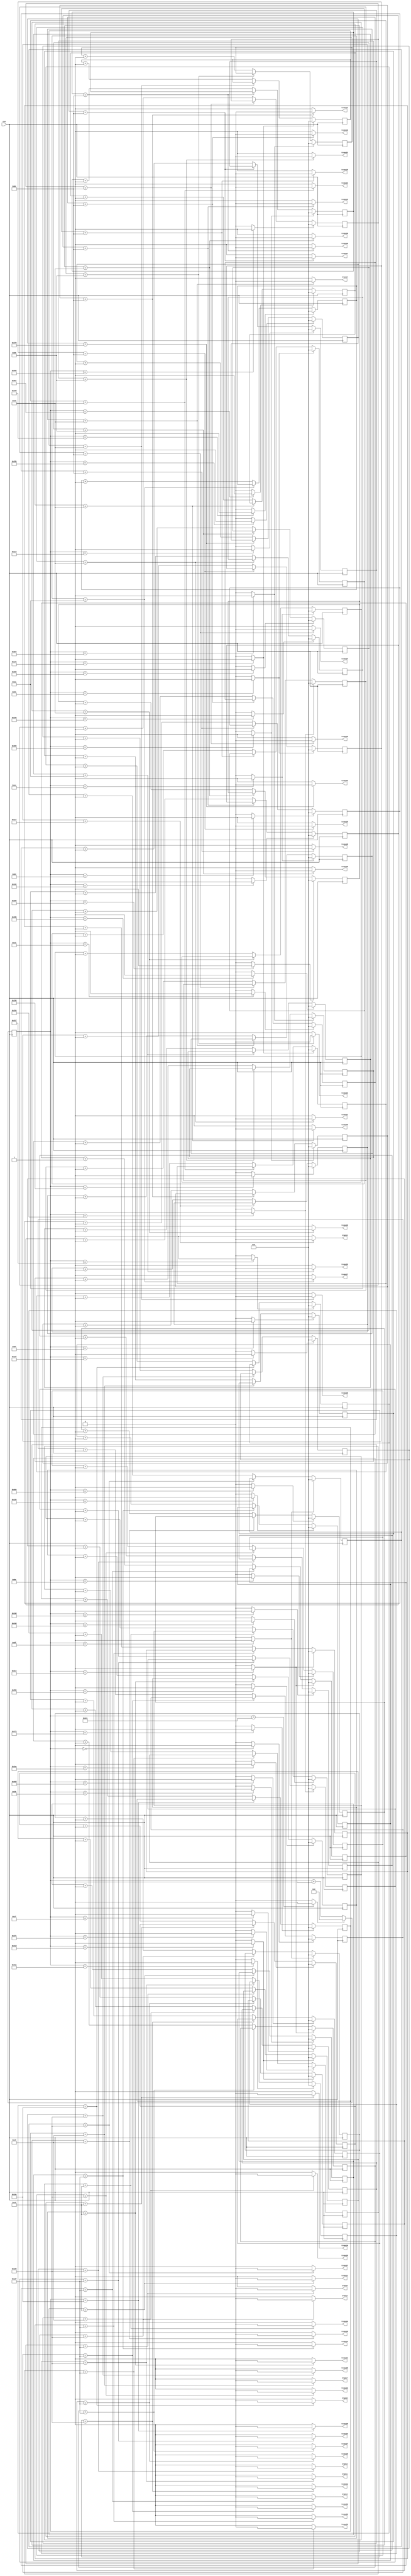
`timescale 1ns / 1ps
//////////////////////////////////////////////////////////////////////////////////
// Company: 
// Engineer: 
// 
// Design Name: 
// Module Name:    twin_power_adjustment 
// Project Name: 
// Target Devices: 
// Tool versions: 
// Description: 
//
// Dependencies: 
//
// Revision: 
// Revision 0.01 - File Created
// Additional Comments: 
//
//////////////////////////////////////////////////////////////////////////////////
module twin_power_adjustment(

	input CLK,
    output trans1,
    output trans2,
	 output trans3,
	 output trans4,
	 output trans5,
	 output trans6,
	 output trans7,
	 output trans8,
	 output trans9,
	 output trans10,
	 output trans11,
	 output trans12,
	 output trans13,
	 output trans14,
	 output trans15,
	 output trans16,
	 output trans17,
	 output trans18,
	 output trans19,
	 output trans20,
	 output trans21,
	 output trans22,
	 output trans23,
	 output trans24,
	 output trans25,
	 output trans26,
	 output trans27,
	 output trans28,
	 output trans29,
	 output trans30,
	 output trans31,
	 output trans32,
	 output trans33,
	 output trans34,
	 output trans35,
	 output trans36,
	 output trans37,
	 output trans38,
	 output trans39,
	 output trans40,
	 output trans41,
	 output trans42,
	 output trans43,
	 output trans44,
	 output trans45,
	 output trans46,
	 output trans47,
	 output trans48,
	 output trans49
    );

	//define signals
	reg [10:0] pwm_base_reg = 11'h000;
	reg [9:0] pwm1_duty_reg = 10'h000;
	reg [9:0] pwm2_duty_reg = 10'h000;
	reg [9:0] pwm3_duty_reg = 10'h000;
	reg [9:0] pwm4_duty_reg = 10'h000;
	reg [9:0] pwm5_duty_reg = 10'h000;
	reg [9:0] pwm6_duty_reg = 10'h000;
	reg [9:0] pwm7_duty_reg = 10'h000;
	reg [9:0] pwm8_duty_reg = 10'h000;
	reg [9:0] pwm9_duty_reg = 10'h000;
	reg [9:0] pwm10_duty_reg = 10'h000;
	reg [9:0] pwm11_duty_reg = 10'h000;	
	reg [9:0] pwm12_duty_reg = 10'h000;	
	reg [9:0] pwm13_duty_reg = 10'h000;
	reg [9:0] pwm14_duty_reg = 10'h000;
	reg [9:0] pwm15_duty_reg = 10'h000;
	reg [9:0] pwm16_duty_reg = 10'h000;
	reg [9:0] pwm17_duty_reg = 10'h000;
   reg [9:0] pwm18_duty_reg = 10'h000;
   reg [9:0] pwm19_duty_reg = 10'h000;
   reg [9:0] pwm20_duty_reg = 10'h000;
   reg [9:0] pwm21_duty_reg = 10'h000;
   reg [9:0] pwm22_duty_reg = 10'h000;
   reg [9:0] pwm23_duty_reg = 10'h000;
   reg [9:0] pwm24_duty_reg = 10'h000;
   reg [9:0] pwm25_duty_reg = 10'h000;
   reg [9:0] pwm26_duty_reg = 10'h000;
   reg [9:0] pwm27_duty_reg = 10'h000;
   reg [9:0] pwm28_duty_reg = 10'h000;
   reg [9:0] pwm29_duty_reg = 10'h000;
   reg [9:0] pwm30_duty_reg = 10'h000;
   reg [9:0] pwm31_duty_reg = 10'h000;
   reg [9:0] pwm32_duty_reg = 10'h000;
   reg [9:0] pwm33_duty_reg = 10'h000;
   reg [9:0] pwm34_duty_reg = 10'h000;
   reg [9:0] pwm35_duty_reg = 10'h000;
   reg [9:0] pwm36_duty_reg = 10'h000;
   reg [9:0] pwm37_duty_reg = 10'h000;
   reg [9:0] pwm38_duty_reg = 10'h000;
   reg [9:0] pwm39_duty_reg = 10'h000;
   reg [9:0] pwm40_duty_reg = 10'h000;
   reg [9:0] pwm41_duty_reg = 10'h000;
   reg [9:0] pwm42_duty_reg = 10'h000;
   reg [9:0] pwm43_duty_reg = 10'h000;
   reg [9:0] pwm44_duty_reg = 10'h000;
   reg [9:0] pwm45_duty_reg = 10'h000;
   reg [9:0] pwm46_duty_reg = 10'h000;
   reg [9:0] pwm47_duty_reg = 10'h000;
   reg [9:0] pwm48_duty_reg = 10'h000;
   reg [9:0] pwm49_duty_reg = 10'h000;
	
	reg [6:0] base_cycle_counter_reg = 7'h00;
	reg [15:0] count_base_reg = 16'h0000;
	
	wire pwm1;
	wire pwm2;
	wire pwm3;
	wire pwm4;
	wire pwm5;
	wire pwm6;
	wire pwm7;
	wire pwm8;
	wire pwm9;
	wire pwm10;
	wire pwm11;
	wire pwm12;
	wire pwm13;
	wire pwm14;
	wire pwm15;
	wire pwm16;
	wire pwm17;
   wire pwm18;
   wire pwm19;
   wire pwm20;
   wire pwm21;
   wire pwm22;
   wire pwm23;
   wire pwm24;
   wire pwm25;
   wire pwm26;
   wire pwm27;
   wire pwm28;
   wire pwm29;
   wire pwm30;
   wire pwm31;
   wire pwm32;
   wire pwm33;
   wire pwm34;
   wire pwm35;
   wire pwm36;
   wire pwm37;
   wire pwm38;
   wire pwm39;
   wire pwm40;
   wire pwm41;
   wire pwm42;
   wire pwm43;
   wire pwm44;
   wire pwm45;
   wire pwm46;
   wire pwm47;
   wire pwm48;
   wire pwm49;
	
	wire pwm1_out;
	wire pwm2_out;
	wire pwm3_out;
	wire pwm4_out;
	wire pwm5_out;
	wire pwm6_out;
	wire pwm7_out;
	wire pwm8_out;
	wire pwm9_out;
	wire pwm10_out;
	wire pwm11_out;
	wire pwm12_out;
	wire pwm13_out;
	wire pwm14_out;
	wire pwm15_out;
	wire pwm16_out;
	wire pwm17_out;
	wire pwm18_out;
   wire pwm19_out;
   wire pwm20_out;
   wire pwm21_out;
   wire pwm22_out;
   wire pwm23_out;
   wire pwm24_out;
   wire pwm25_out;
   wire pwm26_out;
   wire pwm27_out;
   wire pwm28_out;
   wire pwm29_out;
   wire pwm30_out;
   wire pwm31_out;
   wire pwm32_out;
   wire pwm33_out;
   wire pwm34_out;
   wire pwm35_out;
   wire pwm36_out;
   wire pwm37_out;
   wire pwm38_out;
   wire pwm39_out;
   wire pwm40_out;
   wire pwm41_out;
   wire pwm42_out;
   wire pwm43_out;
   wire pwm44_out;
   wire pwm45_out;
   wire pwm46_out;
   wire pwm47_out;
   wire pwm48_out;
   wire pwm49_out;
	wire pwmbp;
	

	//PWM Base Cycle Generate
	/* Calculation
		base count = 50[MHz] / 40 [kHz] = 1250
		0 ~ 1249 -> 1250 count
	*/
	always @(posedge CLK) begin  //CB16RE
		if (pwmbp == 1'b1) begin  //R:pwmbp
			pwm_base_reg <= 11'h000;  //h:hexadecimal, assign 0 to all bits
		end
		else begin
			pwm_base_reg <= pwm_base_reg + 1'b1;  //increment
		end
	end
	
	assign pwmbp = (pwm_base_reg[10:0] == 11'd1249) ? 1'b1 : 1'b0;  //COMP16
	
	//phase
   assign pwm1  = (pwm_base_reg[10:0] == 11'd1194) ? 1'b1 : 1'b0;  //COMP16
   assign pwm2  = (pwm_base_reg[10:0] == 11'd223 ) ? 1'b1 : 1'b0;  //COMP16
   assign pwm3  = (pwm_base_reg[10:0] == 11'd365 ) ? 1'b1 : 1'b0;  //COMP16
   assign pwm4  = (pwm_base_reg[10:0] == 11'd962 ) ? 1'b1 : 1'b0;  //COMP16
   assign pwm5  = (pwm_base_reg[10:0] == 11'd799 ) ? 1'b1 : 1'b0;  //COMP16
   assign pwm6  = (pwm_base_reg[10:0] == 11'd541 ) ? 1'b1 : 1'b0;  //COMP16
   assign pwm7  = (pwm_base_reg[10:0] == 11'd191 ) ? 1'b1 : 1'b0;  //COMP16
   assign pwm8  = (pwm_base_reg[10:0] == 11'd236 ) ? 1'b1 : 1'b0;  //COMP16
   assign pwm9  = (pwm_base_reg[10:0] == 11'd408 ) ? 1'b1 : 1'b0;  //COMP16
   assign pwm10 = (pwm_base_reg[10:0] == 11'd625 ) ? 1'b1 : 1'b0;  //COMP16
   assign pwm11 = (pwm_base_reg[10:0] == 11'd57  ) ? 1'b1 : 1'b0;  //COMP16
   assign pwm12 = (pwm_base_reg[10:0] == 11'd1133) ? 1'b1 : 1'b0;  //COMP16
   assign pwm13 = (pwm_base_reg[10:0] == 11'd869 ) ? 1'b1 : 1'b0;  //COMP16
   assign pwm14 = (pwm_base_reg[10:0] == 11'd403 ) ? 1'b1 : 1'b0;  //COMP16
   assign pwm15 = (pwm_base_reg[10:0] == 11'd386 ) ? 1'b1 : 1'b0;  //COMP16
   assign pwm16 = (pwm_base_reg[10:0] == 11'd682 ) ? 1'b1 : 1'b0;  //COMP16
   assign pwm17 = (pwm_base_reg[10:0] == 11'd845 ) ? 1'b1 : 1'b0;  //COMP16
   assign pwm18 = (pwm_base_reg[10:0] == 11'd195 ) ? 1'b1 : 1'b0;  //COMP16
   assign pwm19 = (pwm_base_reg[10:0] == 11'd49  ) ? 1'b1 : 1'b0;  //COMP16
   assign pwm20 = (pwm_base_reg[10:0] == 11'd962 ) ? 1'b1 : 1'b0;  //COMP16
   assign pwm21 = (pwm_base_reg[10:0] == 11'd582 ) ? 1'b1 : 1'b0;  //COMP16
   assign pwm22 = (pwm_base_reg[10:0] == 11'd378 ) ? 1'b1 : 1'b0;  //COMP16
   assign pwm23 = (pwm_base_reg[10:0] == 11'd692 ) ? 1'b1 : 1'b0;  //COMP16
   assign pwm24 = (pwm_base_reg[10:0] == 11'd820 ) ? 1'b1 : 1'b0;  //COMP16
   assign pwm25 = (pwm_base_reg[10:0] == 11'd207 ) ? 1'b1 : 1'b0;  //COMP16
   assign pwm26 = (pwm_base_reg[10:0] == 11'd49  ) ? 1'b1 : 1'b0;  //COMP16
   assign pwm27 = (pwm_base_reg[10:0] == 11'd962 ) ? 1'b1 : 1'b0;  //COMP16
   assign pwm28 = (pwm_base_reg[10:0] == 11'd541 ) ? 1'b1 : 1'b0;  //COMP16
   assign pwm29 = (pwm_base_reg[10:0] == 11'd236 ) ? 1'b1 : 1'b0;  //COMP16
   assign pwm30 = (pwm_base_reg[10:0] == 11'd521 ) ? 1'b1 : 1'b0;  //COMP16
   assign pwm31 = (pwm_base_reg[10:0] == 11'd692 ) ? 1'b1 : 1'b0;  //COMP16
   assign pwm32 = (pwm_base_reg[10:0] == 11'd0   ) ? 1'b1 : 1'b0;  //COMP16
   assign pwm33 = (pwm_base_reg[10:0] == 11'd1179) ? 1'b1 : 1'b0;  //COMP16
   assign pwm34 = (pwm_base_reg[10:0] == 11'd820 ) ? 1'b1 : 1'b0;  //COMP16
   assign pwm35 = (pwm_base_reg[10:0] == 11'd431 ) ? 1'b1 : 1'b0;  //COMP16
   assign pwm36 = (pwm_base_reg[10:0] == 11'd1145) ? 1'b1 : 1'b0;  //COMP16
   assign pwm37 = (pwm_base_reg[10:0] == 11'd223 ) ? 1'b1 : 1'b0;  //COMP16
   assign pwm38 = (pwm_base_reg[10:0] == 11'd378 ) ? 1'b1 : 1'b0;  //COMP16
   assign pwm39 = (pwm_base_reg[10:0] == 11'd1028) ? 1'b1 : 1'b0;  //COMP16
   assign pwm40 = (pwm_base_reg[10:0] == 11'd869 ) ? 1'b1 : 1'b0;  //COMP16
   assign pwm41 = (pwm_base_reg[10:0] == 11'd598 ) ? 1'b1 : 1'b0;  //COMP16
   assign pwm42 = (pwm_base_reg[10:0] == 11'd158 ) ? 1'b1 : 1'b0;  //COMP16
   assign pwm43 = (pwm_base_reg[10:0] == 11'd603 ) ? 1'b1 : 1'b0;  //COMP16
   assign pwm44 = (pwm_base_reg[10:0] == 11'd1085) ? 1'b1 : 1'b0;  //COMP16
   assign pwm45 = (pwm_base_reg[10:0] == 11'd1207) ? 1'b1 : 1'b0;  //COMP16
   assign pwm46 = (pwm_base_reg[10:0] == 11'd608 ) ? 1'b1 : 1'b0;  //COMP16
   assign pwm47 = (pwm_base_reg[10:0] == 11'd452 ) ? 1'b1 : 1'b0;  //COMP16
   assign pwm48 = (pwm_base_reg[10:0] == 11'd179 ) ? 1'b1 : 1'b0;  //COMP16
   assign pwm49 = (pwm_base_reg[10:0] == 11'd1029) ? 1'b1 : 1'b0;  //COMP16
	

	
	
	//PWM Duty Ratio Generate
    always @(posedge CLK) begin  //CB16RE
        if (pwm1 == 1'b1) begin  //R:pwm1
            pwm1_duty_reg <= 11'h000;
        end
        else if (pwm1_out == 1'b1) begin  //CE:pwm1_out
            pwm1_duty_reg <= pwm1_duty_reg + 1'b1;
        end
    end
    
    always @(posedge CLK) begin  //CB16RE
        if (pwm2 == 1'b1) begin  //R:pwm2
            pwm2_duty_reg <= 11'h000;
        end
        else if (pwm2_out == 1'b1) begin  //CE:pwm2_out
            pwm2_duty_reg <= pwm2_duty_reg + 1'b1;
        end
    end
    
    always @(posedge CLK) begin  //CB16RE
        if (pwm3 == 1'b1) begin  //R:pwm3
            pwm3_duty_reg <= 11'h000;
        end
        else if (pwm3_out == 1'b1) begin  //CE:pwm3_out
            pwm3_duty_reg <= pwm3_duty_reg + 1'b1;
        end
    end
    
    always @(posedge CLK) begin  //CB16RE
        if (pwm4 == 1'b1) begin  //R:pwm4
            pwm4_duty_reg <= 11'h000;
        end
        else if (pwm4_out == 1'b1) begin  //CE:pwm4_out
            pwm4_duty_reg <= pwm4_duty_reg + 1'b1;
        end
    end
    
    always @(posedge CLK) begin  //CB16RE
        if (pwm5 == 1'b1) begin  //R:pwm5
            pwm5_duty_reg <= 11'h000;
        end
        else if (pwm5_out == 1'b1) begin  //CE:pwm5_out
            pwm5_duty_reg <= pwm5_duty_reg + 1'b1;
        end
    end
    
    always @(posedge CLK) begin  //CB16RE
        if (pwm6 == 1'b1) begin  //R:pwm6
            pwm6_duty_reg <= 11'h000;
        end
        else if (pwm6_out == 1'b1) begin  //CE:pwm6_out
            pwm6_duty_reg <= pwm6_duty_reg + 1'b1;
        end
    end
    
    always @(posedge CLK) begin  //CB16RE
        if (pwm7 == 1'b1) begin  //R:pwm7
            pwm7_duty_reg <= 11'h000;
        end
        else if (pwm7_out == 1'b1) begin  //CE:pwm7_out
            pwm7_duty_reg <= pwm7_duty_reg + 1'b1;
        end
    end
    
    always @(posedge CLK) begin  //CB16RE
        if (pwm8 == 1'b1) begin  //R:pwm8
            pwm8_duty_reg <= 11'h000;
        end
        else if (pwm8_out == 1'b1) begin  //CE:pwm8_out
            pwm8_duty_reg <= pwm8_duty_reg + 1'b1;
        end
    end
    
    always @(posedge CLK) begin  //CB16RE
        if (pwm9 == 1'b1) begin  //R:pwm9
            pwm9_duty_reg <= 11'h000;
        end
        else if (pwm9_out == 1'b1) begin  //CE:pwm9_out
            pwm9_duty_reg <= pwm9_duty_reg + 1'b1;
        end
    end
    
    always @(posedge CLK) begin  //CB16RE
        if (pwm10 == 1'b1) begin  //R:pwm10
            pwm10_duty_reg <= 11'h000;
        end
        else if (pwm10_out == 1'b1) begin  //CE:pwm10_out
            pwm10_duty_reg <= pwm10_duty_reg + 1'b1;
        end
    end
    
   always @(posedge CLK) begin  //CB16RE
        if (pwm11 == 1'b1) begin  //R:pwm11
            pwm11_duty_reg <= 11'h000;
        end
        else if (pwm11_out == 1'b1) begin  //CE:pwm11_out
            pwm11_duty_reg <= pwm11_duty_reg + 1'b1;
        end
    end

   always @(posedge CLK) begin  //CB16RE
        if (pwm12 == 1'b1) begin  //R:pwm12
            pwm12_duty_reg <= 11'h000;
        end
        else if (pwm12_out == 1'b1) begin  //CE:pwm12_out
            pwm12_duty_reg <= pwm12_duty_reg + 1'b1;
        end
    end

   always @(posedge CLK) begin  //CB16RE
        if (pwm13 == 1'b1) begin  //R:pwm13
            pwm13_duty_reg <= 11'h000;
        end
        else if (pwm13_out == 1'b1) begin  //CE:pwm13_out
            pwm13_duty_reg <= pwm13_duty_reg + 1'b1;
        end
    end

    always @(posedge CLK) begin  //CB16RE
        if (pwm14 == 1'b1) begin  //R:pwm14
            pwm14_duty_reg <= 11'h000;
        end
        else if (pwm14_out == 1'b1) begin  //CE:pwm14_out
            pwm14_duty_reg <= pwm14_duty_reg + 1'b1;
        end
    end
	 
        always @(posedge CLK) begin  //CB16RE
        if (pwm15 == 1'b1) begin  //R:pwm15
            pwm15_duty_reg <= 11'h000;
        end
        else if (pwm15_out == 1'b1) begin  //CE:pwm15_out
            pwm15_duty_reg <= pwm15_duty_reg + 1'b1;
        end
    end
	 
        always @(posedge CLK) begin  //CB16RE
        if (pwm16 == 1'b1) begin  //R:pwm16
            pwm16_duty_reg <= 11'h000;
        end
        else if (pwm16_out == 1'b1) begin  //CE:pwm16_out
            pwm16_duty_reg <= pwm16_duty_reg + 1'b1;
        end
    end
	 
        always @(posedge CLK) begin  //CB16RE
        if (pwm17 == 1'b1) begin  //R:pwm17
            pwm17_duty_reg <= 11'h000;
        end
        else if (pwm17_out == 1'b1) begin  //CE:pwm17_out
            pwm17_duty_reg <= pwm17_duty_reg + 1'b1;
        end
    end

       always @(posedge CLK) begin  //CB16RE
        if (pwm18 == 1'b1) begin  //R:pwm18
            pwm18_duty_reg <= 11'h000;
        end
        else if (pwm18_out == 1'b1) begin  //CE:pwm18_out
            pwm18_duty_reg <= pwm18_duty_reg + 1'b1;
        end
    end
       always @(posedge CLK) begin  //CB16RE
        if (pwm19 == 1'b1) begin  //R:pwm19
            pwm19_duty_reg <= 11'h000;
        end
        else if (pwm19_out == 1'b1) begin  //CE:pwm19_out
            pwm19_duty_reg <= pwm19_duty_reg + 1'b1;
        end
    end
       always @(posedge CLK) begin  //CB16RE
        if (pwm20 == 1'b1) begin  //R:pwm20
            pwm20_duty_reg <= 11'h000;
        end
        else if (pwm20_out == 1'b1) begin  //CE:pwm20_out
            pwm20_duty_reg <= pwm20_duty_reg + 1'b1;
        end
    end
       always @(posedge CLK) begin  //CB16RE
        if (pwm21 == 1'b1) begin  //R:pwm21
            pwm21_duty_reg <= 11'h000;
        end
        else if (pwm21_out == 1'b1) begin  //CE:pwm21_out
            pwm21_duty_reg <= pwm21_duty_reg + 1'b1;
        end
    end
       always @(posedge CLK) begin  //CB16RE
        if (pwm22 == 1'b1) begin  //R:pwm22
            pwm22_duty_reg <= 11'h000;
        end
        else if (pwm22_out == 1'b1) begin  //CE:pwm22_out
            pwm22_duty_reg <= pwm22_duty_reg + 1'b1;
        end
    end
       always @(posedge CLK) begin  //CB16RE
        if (pwm23 == 1'b1) begin  //R:pwm23
            pwm23_duty_reg <= 11'h000;
        end
        else if (pwm23_out == 1'b1) begin  //CE:pwm23_out
            pwm23_duty_reg <= pwm23_duty_reg + 1'b1;
        end
    end
       always @(posedge CLK) begin  //CB16RE
        if (pwm24 == 1'b1) begin  //R:pwm24
            pwm24_duty_reg <= 11'h000;
        end
        else if (pwm24_out == 1'b1) begin  //CE:pwm24_out
            pwm24_duty_reg <= pwm24_duty_reg + 1'b1;
        end
    end
       always @(posedge CLK) begin  //CB16RE
        if (pwm25 == 1'b1) begin  //R:pwm25
            pwm25_duty_reg <= 11'h000;
        end
        else if (pwm25_out == 1'b1) begin  //CE:pwm25_out
            pwm25_duty_reg <= pwm25_duty_reg + 1'b1;
        end
    end
       always @(posedge CLK) begin  //CB16RE
        if (pwm26 == 1'b1) begin  //R:pwm26
            pwm26_duty_reg <= 11'h000;
        end
        else if (pwm26_out == 1'b1) begin  //CE:pwm26_out
            pwm26_duty_reg <= pwm26_duty_reg + 1'b1;
        end
    end
       always @(posedge CLK) begin  //CB16RE
        if (pwm27 == 1'b1) begin  //R:pwm27
            pwm27_duty_reg <= 11'h000;
        end
        else if (pwm27_out == 1'b1) begin  //CE:pwm27_out
            pwm27_duty_reg <= pwm27_duty_reg + 1'b1;
        end
    end
       always @(posedge CLK) begin  //CB16RE
        if (pwm28 == 1'b1) begin  //R:pwm28
            pwm28_duty_reg <= 11'h000;
        end
        else if (pwm28_out == 1'b1) begin  //CE:pwm28_out
            pwm28_duty_reg <= pwm28_duty_reg + 1'b1;
        end
    end
       always @(posedge CLK) begin  //CB16RE
        if (pwm29 == 1'b1) begin  //R:pwm29
            pwm29_duty_reg <= 11'h000;
        end
        else if (pwm29_out == 1'b1) begin  //CE:pwm29_out
            pwm29_duty_reg <= pwm29_duty_reg + 1'b1;
        end
    end
       always @(posedge CLK) begin  //CB16RE
        if (pwm30 == 1'b1) begin  //R:pwm30
            pwm30_duty_reg <= 11'h000;
        end
        else if (pwm30_out == 1'b1) begin  //CE:pwm30_out
            pwm30_duty_reg <= pwm30_duty_reg + 1'b1;
        end
    end
       always @(posedge CLK) begin  //CB16RE
        if (pwm31 == 1'b1) begin  //R:pwm31
            pwm31_duty_reg <= 11'h000;
        end
        else if (pwm31_out == 1'b1) begin  //CE:pwm31_out
            pwm31_duty_reg <= pwm31_duty_reg + 1'b1;
        end
    end
       always @(posedge CLK) begin  //CB16RE
        if (pwm32 == 1'b1) begin  //R:pwm32
            pwm32_duty_reg <= 11'h000;
        end
        else if (pwm32_out == 1'b1) begin  //CE:pwm32_out
            pwm32_duty_reg <= pwm32_duty_reg + 1'b1;
        end
    end
       always @(posedge CLK) begin  //CB16RE
        if (pwm33 == 1'b1) begin  //R:pwm33
            pwm33_duty_reg <= 11'h000;
        end
        else if (pwm33_out == 1'b1) begin  //CE:pwm33_out
            pwm33_duty_reg <= pwm33_duty_reg + 1'b1;
        end
    end
       always @(posedge CLK) begin  //CB16RE
        if (pwm34 == 1'b1) begin  //R:pwm34
            pwm34_duty_reg <= 11'h000;
        end
        else if (pwm34_out == 1'b1) begin  //CE:pwm34_out
            pwm34_duty_reg <= pwm34_duty_reg + 1'b1;
        end
    end
       always @(posedge CLK) begin  //CB16RE
        if (pwm35 == 1'b1) begin  //R:pwm35
            pwm35_duty_reg <= 11'h000;
        end
        else if (pwm35_out == 1'b1) begin  //CE:pwm35_out
            pwm35_duty_reg <= pwm35_duty_reg + 1'b1;
        end
    end
       always @(posedge CLK) begin  //CB16RE
        if (pwm36 == 1'b1) begin  //R:pwm36
            pwm36_duty_reg <= 11'h000;
        end
        else if (pwm36_out == 1'b1) begin  //CE:pwm36_out
            pwm36_duty_reg <= pwm36_duty_reg + 1'b1;
        end
    end
       always @(posedge CLK) begin  //CB16RE
        if (pwm37 == 1'b1) begin  //R:pwm37
            pwm37_duty_reg <= 11'h000;
        end
        else if (pwm37_out == 1'b1) begin  //CE:pwm37_out
            pwm37_duty_reg <= pwm37_duty_reg + 1'b1;
        end
    end
       always @(posedge CLK) begin  //CB16RE
        if (pwm38 == 1'b1) begin  //R:pwm38
            pwm38_duty_reg <= 11'h000;
        end
        else if (pwm38_out == 1'b1) begin  //CE:pwm38_out
            pwm38_duty_reg <= pwm38_duty_reg + 1'b1;
        end
    end
       always @(posedge CLK) begin  //CB16RE
        if (pwm39 == 1'b1) begin  //R:pwm39
            pwm39_duty_reg <= 11'h000;
        end
        else if (pwm39_out == 1'b1) begin  //CE:pwm39_out
            pwm39_duty_reg <= pwm39_duty_reg + 1'b1;
        end
    end
       always @(posedge CLK) begin  //CB16RE
        if (pwm40 == 1'b1) begin  //R:pwm40
            pwm40_duty_reg <= 11'h000;
        end
        else if (pwm40_out == 1'b1) begin  //CE:pwm40_out
            pwm40_duty_reg <= pwm40_duty_reg + 1'b1;
        end
    end
       always @(posedge CLK) begin  //CB16RE
        if (pwm41 == 1'b1) begin  //R:pwm41
            pwm41_duty_reg <= 11'h000;
        end
        else if (pwm41_out == 1'b1) begin  //CE:pwm41_out
            pwm41_duty_reg <= pwm41_duty_reg + 1'b1;
        end
    end
       always @(posedge CLK) begin  //CB16RE
        if (pwm42 == 1'b1) begin  //R:pwm42
            pwm42_duty_reg <= 11'h000;
        end
        else if (pwm42_out == 1'b1) begin  //CE:pwm42_out
            pwm42_duty_reg <= pwm42_duty_reg + 1'b1;
        end
    end
       always @(posedge CLK) begin  //CB16RE
        if (pwm43 == 1'b1) begin  //R:pwm43
            pwm43_duty_reg <= 11'h000;
        end
        else if (pwm43_out == 1'b1) begin  //CE:pwm43_out
            pwm43_duty_reg <= pwm43_duty_reg + 1'b1;
        end
    end
       always @(posedge CLK) begin  //CB16RE
        if (pwm44 == 1'b1) begin  //R:pwm44
            pwm44_duty_reg <= 11'h000;
        end
        else if (pwm44_out == 1'b1) begin  //CE:pwm44_out
            pwm44_duty_reg <= pwm44_duty_reg + 1'b1;
        end
    end
       always @(posedge CLK) begin  //CB16RE
        if (pwm45 == 1'b1) begin  //R:pwm45
            pwm45_duty_reg <= 11'h000;
        end
        else if (pwm45_out == 1'b1) begin  //CE:pwm45_out
            pwm45_duty_reg <= pwm45_duty_reg + 1'b1;
        end
    end
       always @(posedge CLK) begin  //CB16RE
        if (pwm46 == 1'b1) begin  //R:pwm46
            pwm46_duty_reg <= 11'h000;
        end
        else if (pwm46_out == 1'b1) begin  //CE:pwm46_out
            pwm46_duty_reg <= pwm46_duty_reg + 1'b1;
        end
    end
       always @(posedge CLK) begin  //CB16RE
        if (pwm47 == 1'b1) begin  //R:pwm47
            pwm47_duty_reg <= 11'h000;
        end
        else if (pwm47_out == 1'b1) begin  //CE:pwm47_out
            pwm47_duty_reg <= pwm47_duty_reg + 1'b1;
        end
    end
       always @(posedge CLK) begin  //CB16RE
        if (pwm48 == 1'b1) begin  //R:pwm48
            pwm48_duty_reg <= 11'h000;
        end
        else if (pwm48_out == 1'b1) begin  //CE:pwm48_out
            pwm48_duty_reg <= pwm48_duty_reg + 1'b1;
        end
    end
       always @(posedge CLK) begin  //CB16RE
        if (pwm49 == 1'b1) begin  //R:pwm49
            pwm49_duty_reg <= 11'h000;
        end
        else if (pwm49_out == 1'b1) begin  //CE:pwm49_out
            pwm49_duty_reg <= pwm49_duty_reg + 1'b1;
        end
    end    

	//duty ratio  ex 50% -> 1250 / 2 = 625
	assign pwm1_out = (pwm1_duty_reg[9:0] == 10'd264) ? 1'b0 : 1'b1;  //COMP16
	assign pwm2_out = (pwm2_duty_reg[9:0] == 10'd264) ? 1'b0 : 1'b1;  //COMP16
	assign pwm3_out = (pwm3_duty_reg[9:0] == 10'd264) ? 1'b0 : 1'b1;  //COMP16
	assign pwm4_out = (pwm4_duty_reg[9:0] == 10'd319) ? 1'b0 : 1'b1;  //COMP16
	assign pwm5_out = (pwm5_duty_reg[9:0] == 10'd362) ? 1'b0 : 1'b1;  //COMP16
	assign pwm6_out = (pwm6_duty_reg[9:0] == 10'd319) ? 1'b0 : 1'b1;  //COMP16
	assign pwm7_out = (pwm7_duty_reg[9:0] == 10'd197) ? 1'b0 : 1'b1;  //COMP16
	assign pwm8_out = (pwm8_duty_reg[9:0] == 10'd237) ? 1'b0 : 1'b1;  //COMP16
	assign pwm9_out = (pwm9_duty_reg[9:0] == 10'd463) ? 1'b0 : 1'b1;  //COMP16
	assign pwm10_out = (pwm10_duty_reg[9:0] == 10'd319) ? 1'b0 : 1'b1;  //COMP16
   assign pwm11_out = (pwm11_duty_reg[9:0] == 10'd205) ? 1'b0 : 1'b1;  //COMP16 
   assign pwm12_out = (pwm12_duty_reg[9:0] == 10'd264) ? 1'b0 : 1'b1;  //COMP16 
   assign pwm13_out = (pwm13_duty_reg[9:0] == 10'd220) ? 1'b0 : 1'b1;  //COMP16 
   assign pwm14_out = (pwm14_duty_reg[9:0] == 10'd319) ? 1'b0 : 1'b1;  //COMP16 
   assign pwm15_out = (pwm15_duty_reg[9:0] == 10'd220) ? 1'b0 : 1'b1;  //COMP16 
   assign pwm16_out = (pwm16_duty_reg[9:0] == 10'd205) ? 1'b0 : 1'b1;  //COMP16
   assign pwm17_out = (pwm17_duty_reg[9:0] == 10'd170) ? 1'b0 : 1'b1;  //COMP16
   assign pwm18_out = (pwm18_duty_reg[9:0] == 10'd220) ? 1'b0 : 1'b1;  //COMP16
   assign pwm19_out = (pwm19_duty_reg[9:0] == 10'd220) ? 1'b0 : 1'b1;  //COMP16
   assign pwm20_out = (pwm20_duty_reg[9:0] == 10'd319) ? 1'b0 : 1'b1;  //COMP16
   assign pwm21_out = (pwm21_duty_reg[9:0] == 10'd237) ? 1'b0 : 1'b1;  //COMP16
   assign pwm22_out = (pwm22_duty_reg[9:0] == 10'd237) ? 1'b0 : 1'b1;  //COMP16
   assign pwm23_out = (pwm23_duty_reg[9:0] == 10'd185) ? 1'b0 : 1'b1;  //COMP16
   assign pwm24_out = (pwm24_duty_reg[9:0] == 10'd220) ? 1'b0 : 1'b1;  //COMP16
   assign pwm25_out = (pwm25_duty_reg[9:0] == 10'd197) ? 1'b0 : 1'b1;  //COMP16
   assign pwm26_out = (pwm26_duty_reg[9:0] == 10'd220) ? 1'b0 : 1'b1;  //COMP16
   assign pwm27_out = (pwm27_duty_reg[9:0] == 10'd319) ? 1'b0 : 1'b1;  //COMP16
   assign pwm28_out = (pwm28_duty_reg[9:0] == 10'd319) ? 1'b0 : 1'b1;  //COMP16
   assign pwm29_out = (pwm29_duty_reg[9:0] == 10'd237) ? 1'b0 : 1'b1;  //COMP16
   assign pwm30_out = (pwm30_duty_reg[9:0] == 10'd237) ? 1'b0 : 1'b1;  //COMP16
   assign pwm31_out = (pwm31_duty_reg[9:0] == 10'd185) ? 1'b0 : 1'b1;  //COMP16
   assign pwm32_out = (pwm32_duty_reg[9:0] == 10'd319) ? 1'b0 : 1'b1;  //COMP16
   assign pwm33_out = (pwm33_duty_reg[9:0] == 10'd170) ? 1'b0 : 1'b1;  //COMP16
   assign pwm34_out = (pwm34_duty_reg[9:0] == 10'd319) ? 1'b0 : 1'b1;  //COMP16
   assign pwm35_out = (pwm35_duty_reg[9:0] == 10'd264) ? 1'b0 : 1'b1;  //COMP16
   assign pwm36_out = (pwm36_duty_reg[9:0] == 10'd362) ? 1'b0 : 1'b1;  //COMP16
   assign pwm37_out = (pwm37_duty_reg[9:0] == 10'd264) ? 1'b0 : 1'b1;  //COMP16
   assign pwm38_out = (pwm38_duty_reg[9:0] == 10'd237) ? 1'b0 : 1'b1;  //COMP16
   assign pwm39_out = (pwm39_duty_reg[9:0] == 10'd197) ? 1'b0 : 1'b1;  //COMP16
   assign pwm40_out = (pwm40_duty_reg[9:0] == 10'd220) ? 1'b0 : 1'b1;  //COMP16
   assign pwm41_out = (pwm41_duty_reg[9:0] == 10'd205) ? 1'b0 : 1'b1;  //COMP16
   assign pwm42_out = (pwm42_duty_reg[9:0] == 10'd264) ? 1'b0 : 1'b1;  //COMP16
   assign pwm43_out = (pwm43_duty_reg[9:0] == 10'd624) ? 1'b0 : 1'b1;  //COMP16
   assign pwm44_out = (pwm44_duty_reg[9:0] == 10'd205) ? 1'b0 : 1'b1;  //COMP16
   assign pwm45_out = (pwm45_duty_reg[9:0] == 10'd237) ? 1'b0 : 1'b1;  //COMP16
   assign pwm46_out = (pwm46_duty_reg[9:0] == 10'd185) ? 1'b0 : 1'b1;  //COMP16
   assign pwm47_out = (pwm47_duty_reg[9:0] == 10'd220) ? 1'b0 : 1'b1;  //COMP16
   assign pwm48_out = (pwm48_duty_reg[9:0] == 10'd220) ? 1'b0 : 1'b1;  //COMP16
   assign pwm49_out = (pwm49_duty_reg[9:0] == 10'd220) ? 1'b0 : 1'b1;  //COMP16
	
	//To transducers
   assign trans1 = pwm1_out;
   assign trans2 = pwm2_out;
   assign trans3 = pwm3_out;
   assign trans4 = pwm4_out;
   assign trans5 = pwm5_out;
   assign trans6 = pwm6_out;
   assign trans7 = pwm7_out;
   assign trans8 = pwm8_out;
   assign trans9 = pwm9_out;
   assign trans10 = pwm10_out;
   assign trans11 = pwm11_out;
   assign trans12 = pwm12_out;
   assign trans13 = pwm13_out;
   assign trans14 = pwm14_out;
   assign trans15 = pwm15_out;
   assign trans16 = pwm16_out;
   assign trans17 = pwm17_out;
   assign trans18 = pwm18_out;
   assign trans19 = pwm19_out;
   assign trans20 = pwm20_out;
   assign trans21 = pwm21_out;
   assign trans22 = pwm22_out;
   assign trans23 = pwm23_out;
   assign trans24 = pwm24_out;
   assign trans25 = pwm25_out;
   assign trans26 = pwm26_out;
   assign trans27 = pwm27_out;
   assign trans28 = pwm28_out;
   assign trans29 = pwm29_out;
   assign trans30 = pwm30_out;
   assign trans31 = pwm31_out;
   assign trans32 = pwm32_out;
   assign trans33 = pwm33_out;
   assign trans34 = pwm34_out;
   assign trans35 = pwm35_out;
   assign trans36 = pwm36_out;
   assign trans37 = pwm37_out;
   assign trans38 = pwm38_out;
   assign trans39 = pwm39_out;
   assign trans40 = pwm40_out;
   assign trans41 = pwm41_out;
   assign trans42 = pwm42_out;
   assign trans43 = pwm43_out;
   assign trans44 = pwm44_out;
   assign trans45 = pwm45_out;
   assign trans46 = pwm46_out;
   assign trans47 = pwm47_out;
   assign trans48 = pwm48_out;
   assign trans49 = pwm49_out;

endmodule